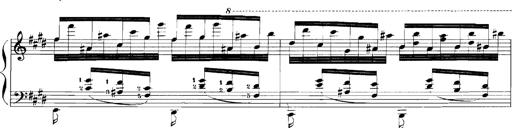
Title: Rhapsodies hongroises
Composer: Franz Liszt